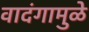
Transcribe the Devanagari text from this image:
वादंगामुळे